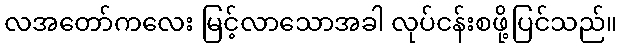
လအတော်ကလေး မြင့်လာသောအခါ လုပ်ငန်းစဖို့ပြင်သည်။